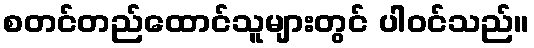
စတင်တည်ထောင်သူများတွင် ပါဝင်သည်။